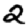
Digit: 2